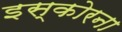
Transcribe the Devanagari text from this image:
इस्कोरना